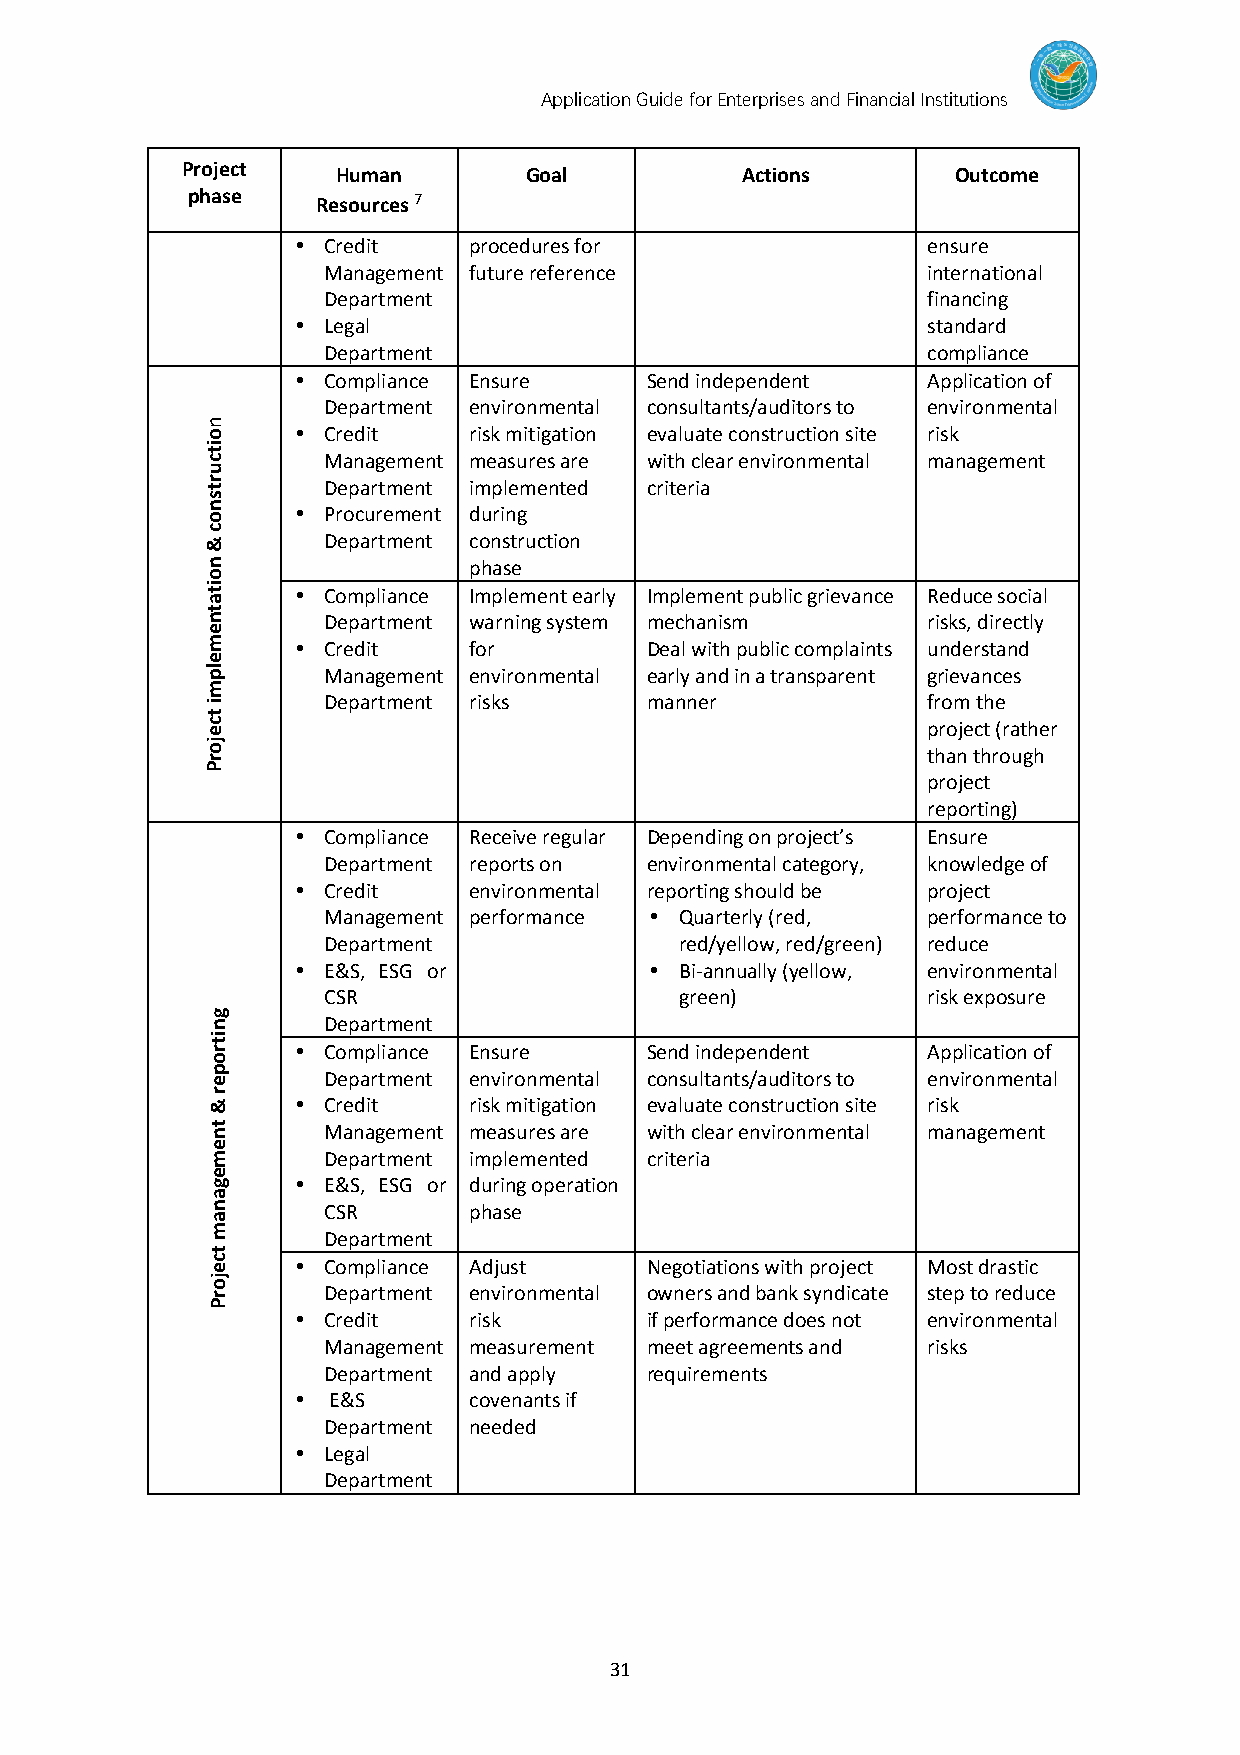
Application Guide for Enterprises and Financial Institutions
 Project   Human        Goal          Actions       Outcome
 phase    Resources 7
  Credit   procedures for                ensure
 Management future reference             international
 Department                              financing
  Legal                                  standard
 Department                              compliance
  Compliance Ensure    Send independent  Application of
 Department environmental consultants/auditors to environmental
 n
 o      Credit   risk mitigation evaluate construction site risk
 it
 c      Management measures are with clear environmental management
 u
 r t    Department implemented criteria
 s
 n o    Procurement during
 c
 &      Department construction
 n                phase
 o
 it a   Co mpliance Implement early Implement public grievance Reduce social
 t
 n      Department warning system mechanism     risks, directly
 e
 m      Credit   for         Deal with public complaints understand
 e
 lp     Management environmental early and in a transparent grievances
 m
 i
 t
 Department risks      manner            from the
 c e                                            project (rather
 jo
 r                                              than through
 P
 project
 reporting)
  Compliance Receive regular Depending on project’s Ensure
 Department reports on environmental category, knowledge of
  Credit   environmental reporting should be project
 Management performance  Quarterly (red, performance to
 Department              red/yellow, red/green) reduce
  E&S, ESG or           Bi-annually (yellow, environmental
 CSR                     green)          risk exposure
 g
 n      Department
 it
 r      Compliance Ensure    Send independent  Application of
 o
 p
 e      Department environmental consultants/auditors to environmental
 r
 &      Credit   risk mitigation evaluate construction site risk
 t n    Management measures are with clear environmental management
 e
 m      Department implemented criteria
 e
 g      E&S, ESG or during operation
 a
 n      CSR       phase
 a
 m
 Department
 t
 c e    Compliance Adjust    Negotiations with project Most drastic
 jo
 r      Department environmental owners and bank syndicate step to reduce
 P
  Credit   risk        if performance does not environmental
 Management measurement meet agreements and risks
 Department and apply  requirements
  E&S      covenants if
 Department needed
  Legal
 Department
 31